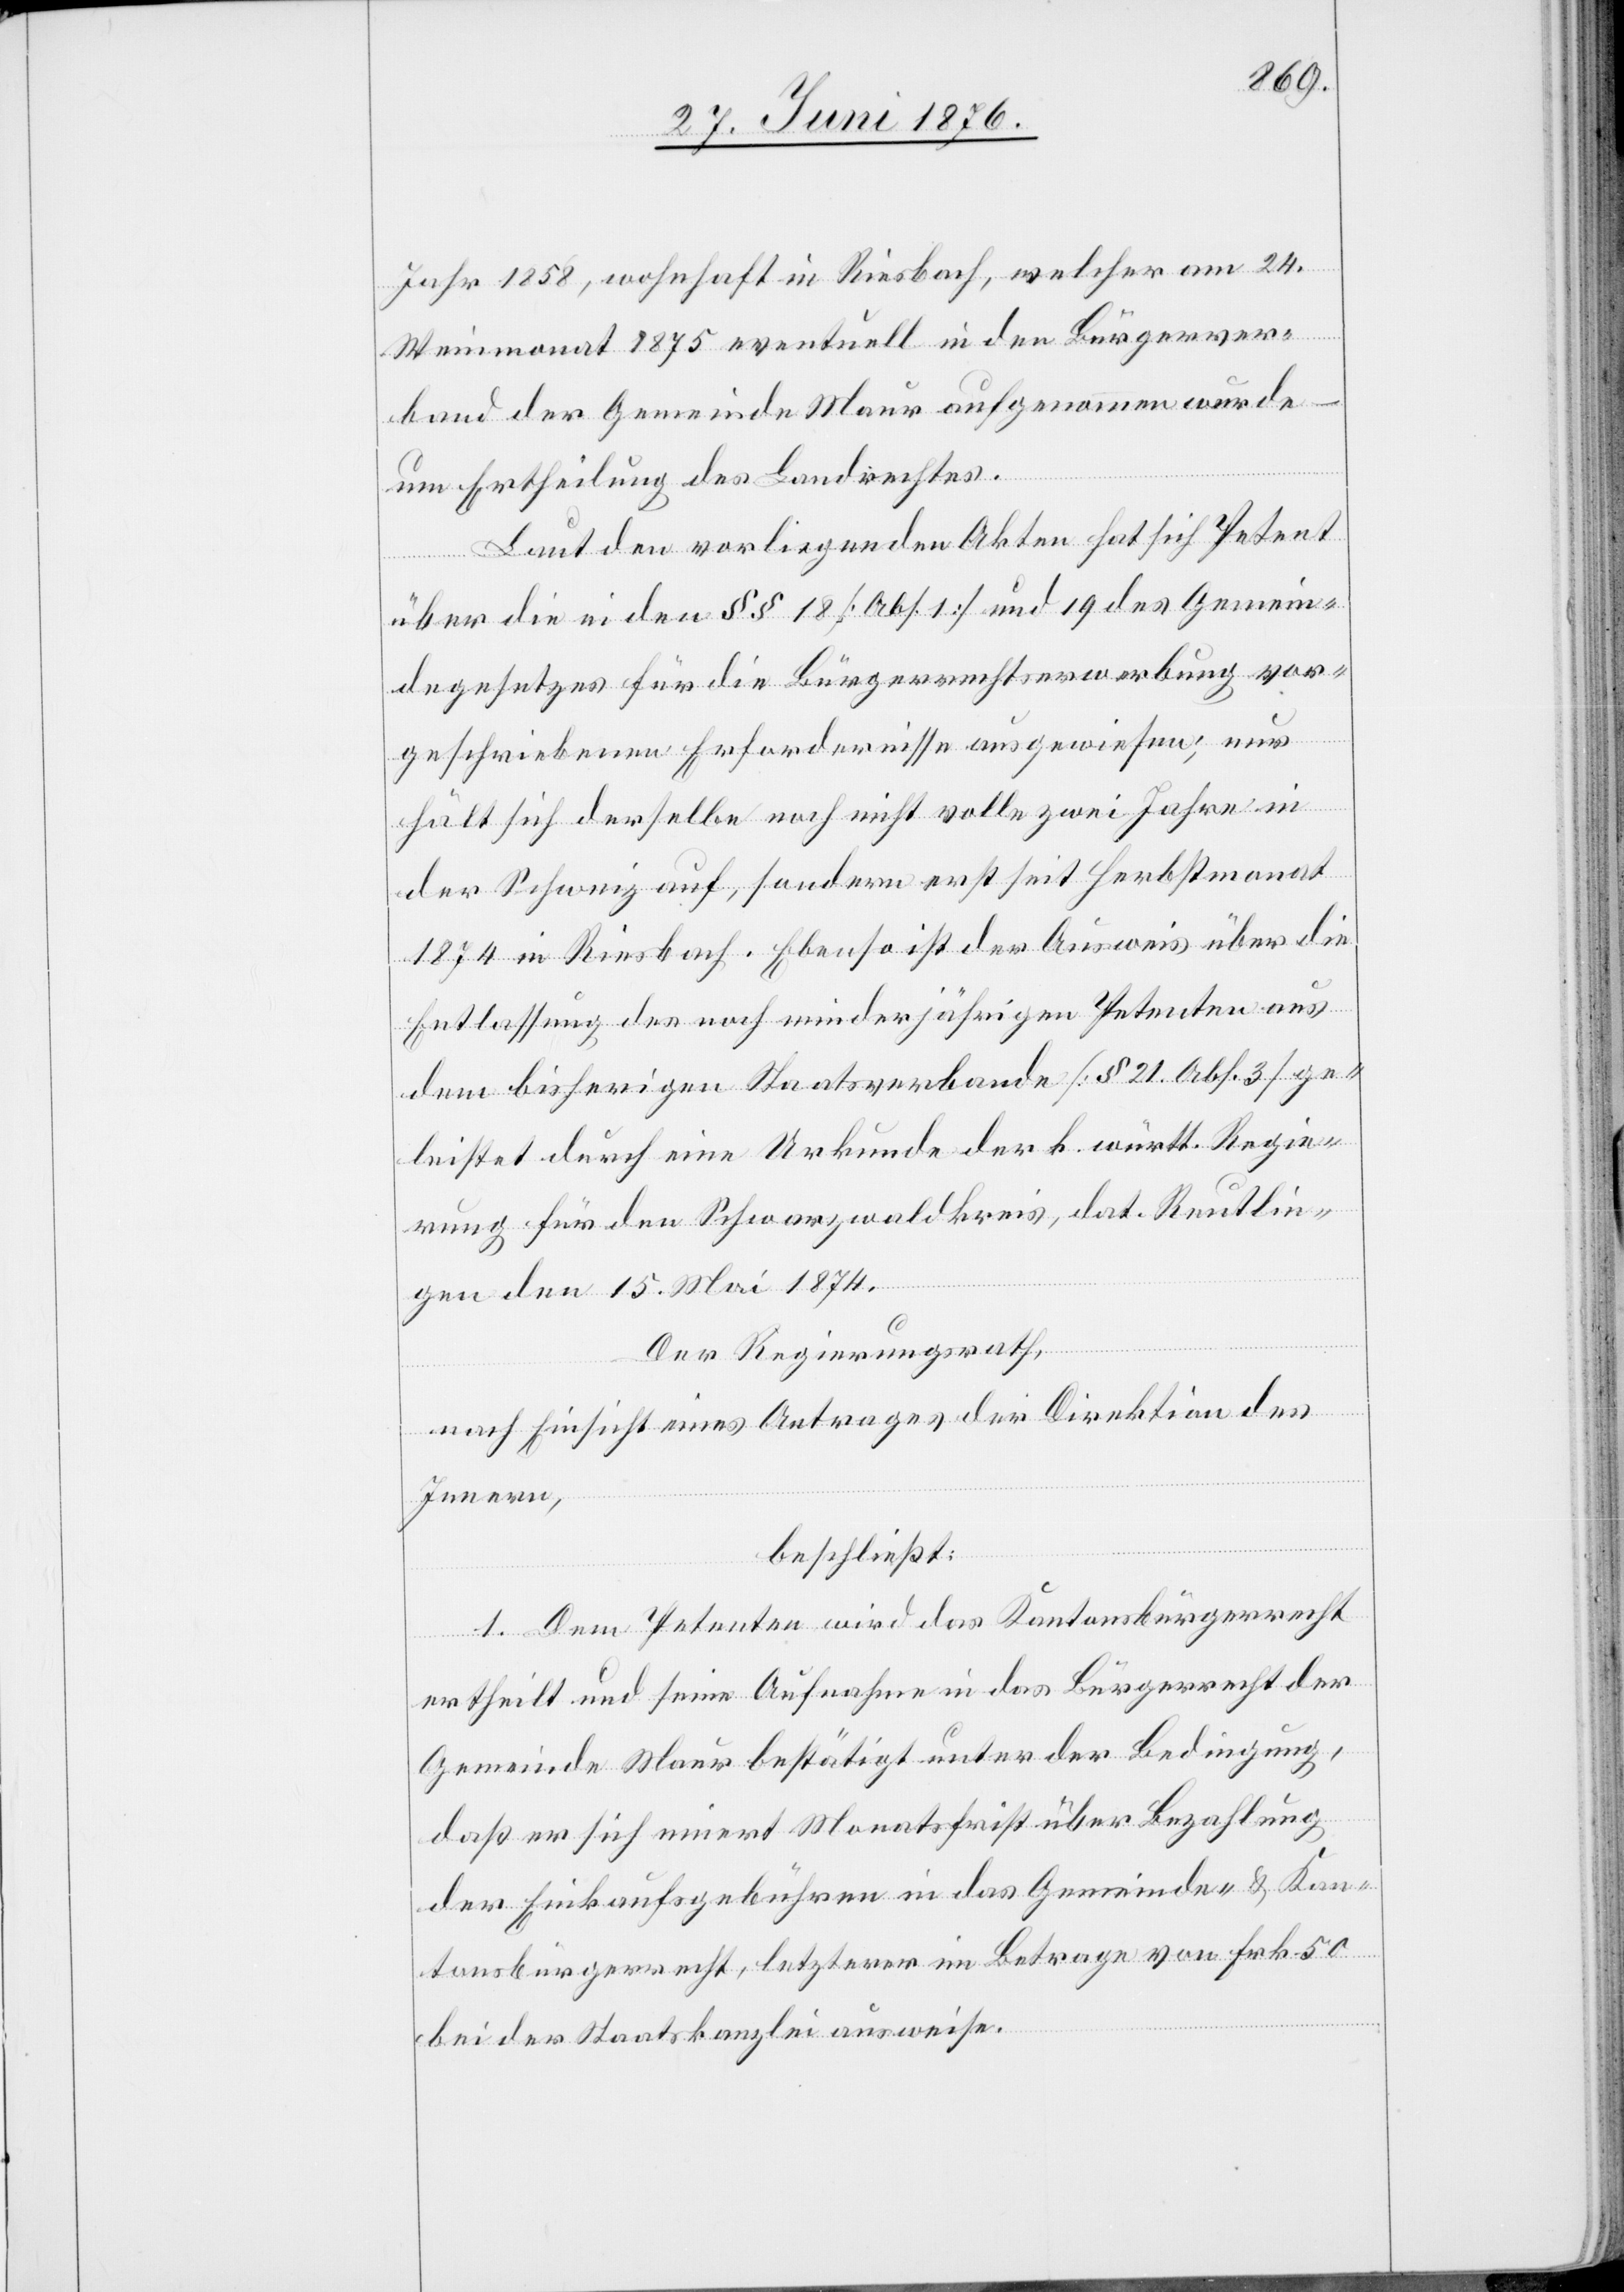
Jahr 1858, wohnhaft in Riesbach, welcher am 24.
Weinmonat 1875 eventuell in den Bürgerver¬
band der Gemeinde Maur aufgenommen wurde
um Ertheilung des Landrechtes.
Laut den vorliegenden Akten hat sich Petent
über die in den §§ 18 [Abs. 1] und 19 des Gemein¬
degesetzes für die Bürgerrechtserwerbung vor¬
geschriebenen Erfordernisse ausgewiesen; nur
hält sich derselbe noch nicht volle zwei Jahre in
der Schweiz auf, sondern erst seit Herbstmonat
1874 in Riesbach. Ebenso ist der Ausweis über die
Entlassung des noch minderjährigen Petenten aus
dem bisherigen Staatsverbande [§ 21 Abs. 3] ge¬
leistet durch eine Urkunde der k. württ. Regie¬
rung für den Schwarzwaldkreis, dat. Reutlin¬
gen den 15. Mai 1874.
Der Regierungsrath,
nach Einsicht eines Antrages der Direktion des
Innern,
beschließt:
1. Dem Petenten wird das Kantonsbürgerrecht
ertheilt und seine Aufnahme in das Bürgerrecht der
Gemeinde Maur bestätigt unter der Bedingung,
daß er sich innert Monatsfrist über Bezahlung
der Einkaufsgebühren in das Gemeinde- & Kan¬
tonsbürgerrecht, letzterer im Betrage von Frk. 50
bei der Staatskanzlei ausweise.